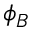
\phi _ { B }